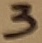
Text: 3